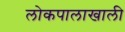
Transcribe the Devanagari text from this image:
लोकपालाखाली